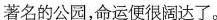
\underline{著名的公园，命运便很阔达了。}